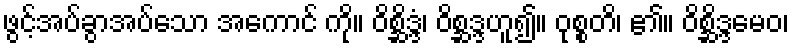
ဖွင့်အပ်ခွာအပ်သော အကောင် ကို။ ဝိစ္ဆိဒ္ဒံ၊ ဝိစ္ဆဒ္ဒဟူ၍။ ဝုစ္စတိ၊ ၏။ ဝိစ္ဆိဒ္ဒမေဝ၊